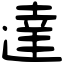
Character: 達